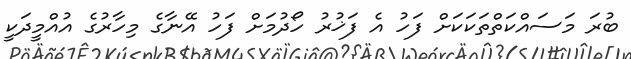
ބުރަ މަސައްކަތްތަކަކަށް ފަހު އެ ފަޚުރު ހޯދުމަށް ފަހު އޭނާގެ މިހާރުގެ އުއްމީދަކީ